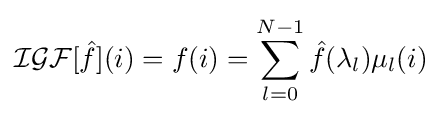
{\mathcal {I}}{\mathcal {G}}{\mathcal {F}}[{\hat {f}}](i)=f(i)=\sum _{l=0}^{N-1}{\hat {f}}(\lambda _{l})\mu _{l}(i)